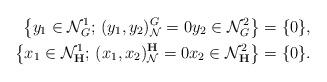
LaTeX: \begin{align*}\bigl\{y_1\in\mathcal N^1_G;\,(y_1,y_2)^{G}_{\mathcal N}=0 y_2\in\mathcal N^2_G\bigr\}&=\{0\},\\\bigl\{x_1\in\mathcal N^1_{\mathbf H};\,(x_1,x_2)^{{\mathbf H}}_{\mathcal N}=0 x_2\in\mathcal N^2_{\mathbf H}\bigr\}&=\{0\}.\end{align*}